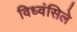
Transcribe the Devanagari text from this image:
विध्वंसिले